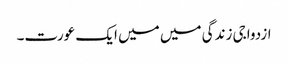
ازدواجی زندگی میں میں ایک عورت۔